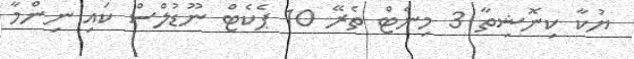
ޔުކާ ކިނޮޝިތާ 3 މިނެޓް ތެރޭ 10 ޕެކެޓް ނޫޑުލްސް ކައި ނިންމާ